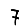
Digit: 7